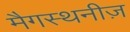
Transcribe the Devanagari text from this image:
मैगस्थनीज़